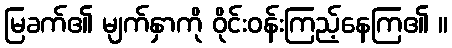
မြခက်၏ မျက်နှာကို ဝိုင်းဝန်းကြည့်နေကြ၏ ။